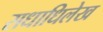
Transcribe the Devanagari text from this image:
सधाधिलेख